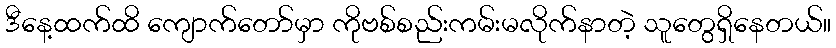
ဒီနေ့ထက်ထိ ကျောက်တော်မှာ ကိုဗစ်စည်းကမ်းမလိုက်နာတဲ့ သူတွေရှိနေတယ်။